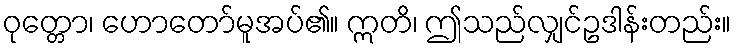
ဝုတ္တော၊ ဟောတော်မူအပ်၏။ ဣတိ၊ ဤသည်လျှင်ဥဒါန်းတည်း။